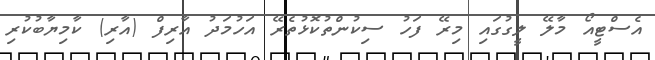
އެސްޓީއޯ މާލޭ ލީގުގައި މިރޭ ފަހު ސިކުންތުކޮޅުތެރޭ އަހުމަދު އާރިފް (އާރި) ކާމިޔާބުކުރި